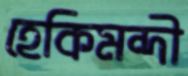
হেকিমন্দী